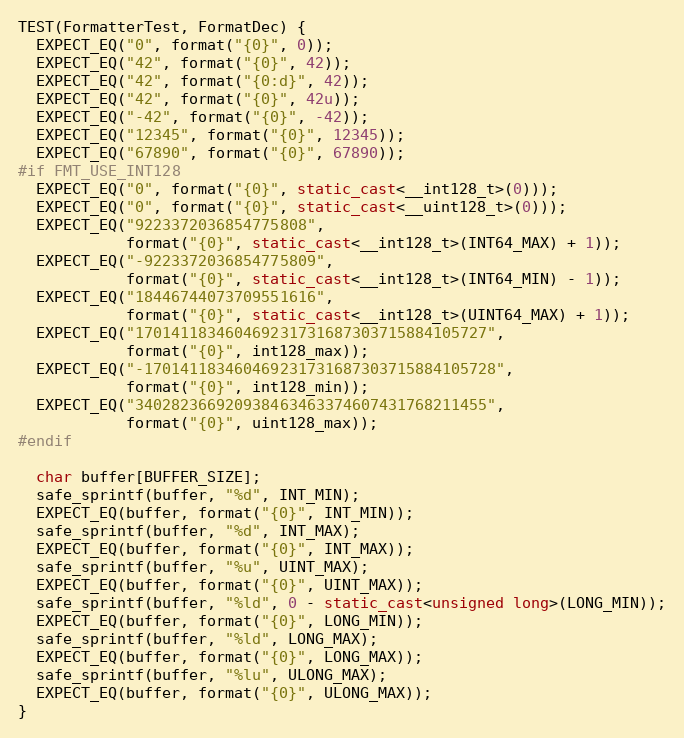
Language: C++
TEST(FormatterTest, FormatDec) {
  EXPECT_EQ("0", format("{0}", 0));
  EXPECT_EQ("42", format("{0}", 42));
  EXPECT_EQ("42", format("{0:d}", 42));
  EXPECT_EQ("42", format("{0}", 42u));
  EXPECT_EQ("-42", format("{0}", -42));
  EXPECT_EQ("12345", format("{0}", 12345));
  EXPECT_EQ("67890", format("{0}", 67890));
#if FMT_USE_INT128
  EXPECT_EQ("0", format("{0}", static_cast<__int128_t>(0)));
  EXPECT_EQ("0", format("{0}", static_cast<__uint128_t>(0)));
  EXPECT_EQ("9223372036854775808",
            format("{0}", static_cast<__int128_t>(INT64_MAX) + 1));
  EXPECT_EQ("-9223372036854775809",
            format("{0}", static_cast<__int128_t>(INT64_MIN) - 1));
  EXPECT_EQ("18446744073709551616",
            format("{0}", static_cast<__int128_t>(UINT64_MAX) + 1));
  EXPECT_EQ("170141183460469231731687303715884105727",
            format("{0}", int128_max));
  EXPECT_EQ("-170141183460469231731687303715884105728",
            format("{0}", int128_min));
  EXPECT_EQ("340282366920938463463374607431768211455",
            format("{0}", uint128_max));
#endif

  char buffer[BUFFER_SIZE];
  safe_sprintf(buffer, "%d", INT_MIN);
  EXPECT_EQ(buffer, format("{0}", INT_MIN));
  safe_sprintf(buffer, "%d", INT_MAX);
  EXPECT_EQ(buffer, format("{0}", INT_MAX));
  safe_sprintf(buffer, "%u", UINT_MAX);
  EXPECT_EQ(buffer, format("{0}", UINT_MAX));
  safe_sprintf(buffer, "%ld", 0 - static_cast<unsigned long>(LONG_MIN));
  EXPECT_EQ(buffer, format("{0}", LONG_MIN));
  safe_sprintf(buffer, "%ld", LONG_MAX);
  EXPECT_EQ(buffer, format("{0}", LONG_MAX));
  safe_sprintf(buffer, "%lu", ULONG_MAX);
  EXPECT_EQ(buffer, format("{0}", ULONG_MAX));
}